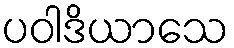
ပဝါဒိယာသေ